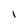
Character: I